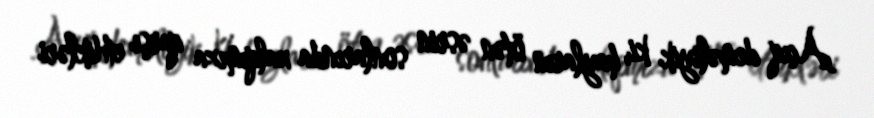
Açıq deməliyik ki, hayların ötən əsrin sonlarında xalqımıza qarşı etdikləri